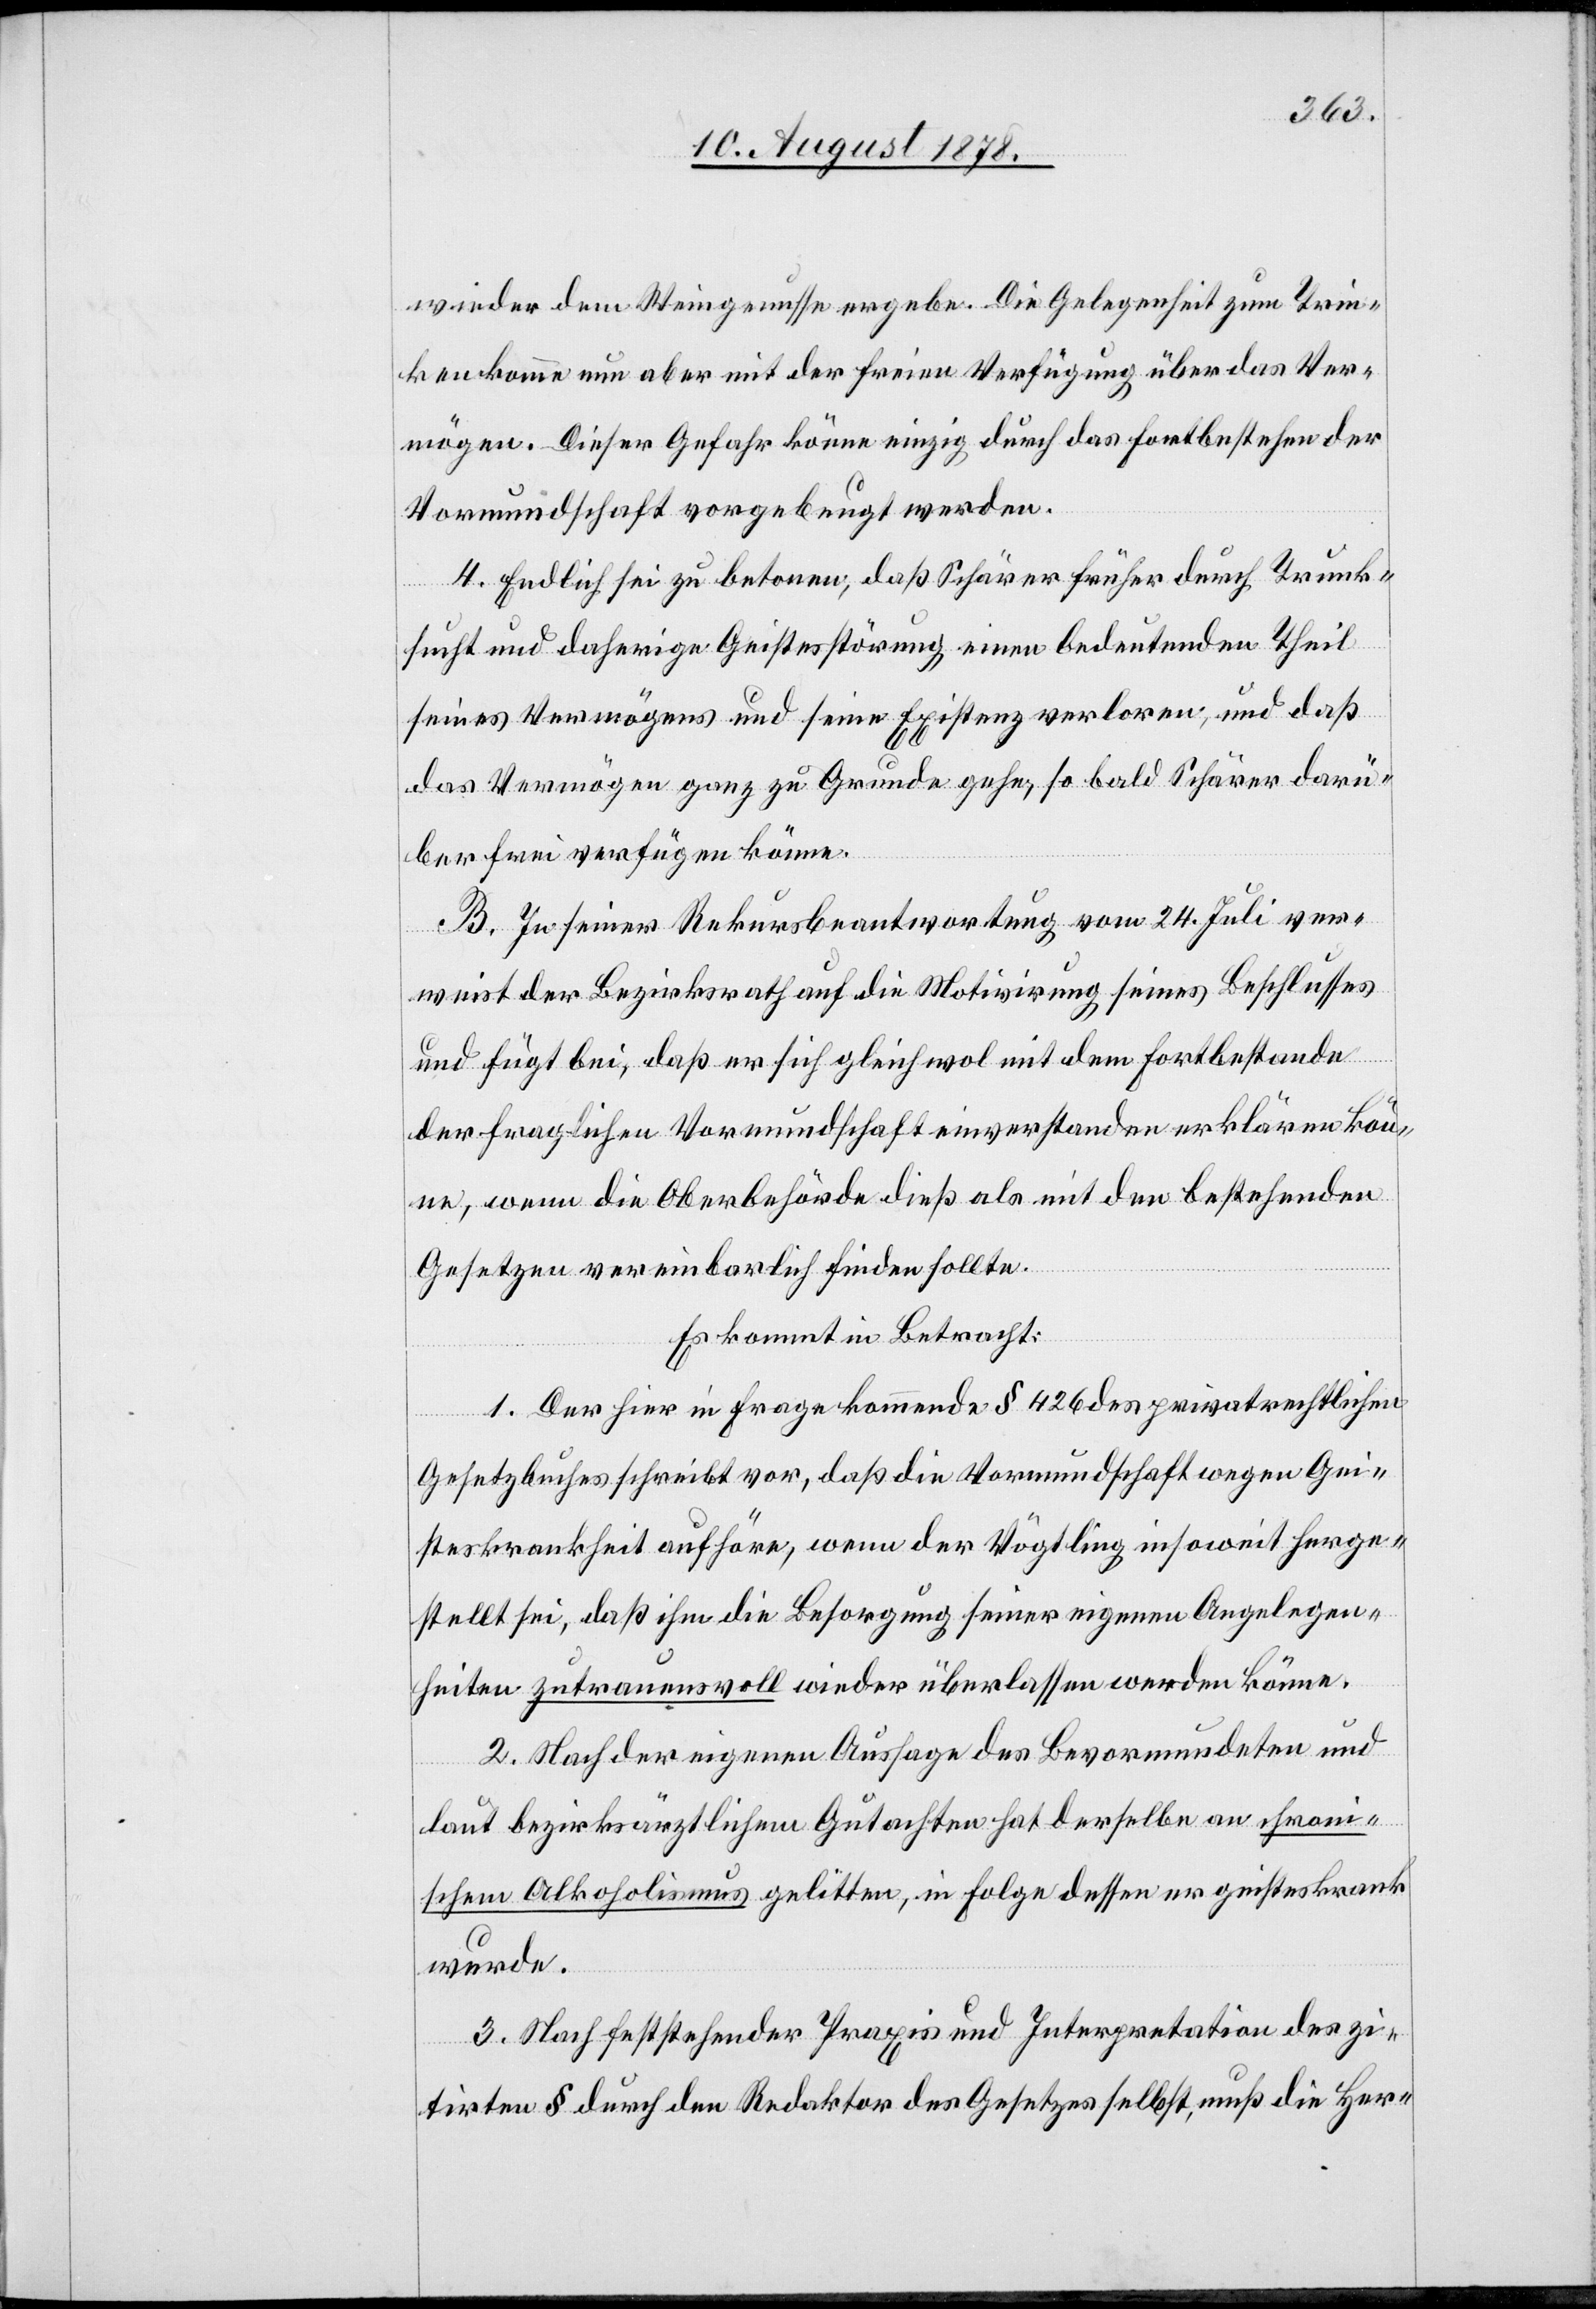
wieder dem Weingenusse ergebe. Die Gelegenheit zum Trin¬
ken komme nun aber mit der freien Verfügung über das Ver¬
mögen. Dieser Gefahr könne einzig durch das Fortbestehen der
Vormundschaft vorgebeugt werden.
4. Endlich sei zu betonen, daß Schärer früher durch Trunk¬
sucht und daherige Geistesstörung einen bedeutenden Theil
seines Vermögens und seine Existenz verloren, und daß
das Vermögen ganz zu Grunde gehe, so bald Schärer darü¬
ber frei verfügen könne.
B. In seiner Rekursbeantwortung vom 24. Juli ver¬
weist der Bezirksrath auf die Motivirung seines Beschlusses
und fügt bei, daß er sich gleichwol mit dem Fortbestande
der fraglichen Vormundschaft einverstanden erklären kön¬
ne, wenn die Oberbehörde dieß als mit den bestehenden
Gesetzen vereinbarlich finden sollte.
Es kommt in Betracht:
1. Der hier in Frage kommende § 426 des privatrechtlichen
Gesetzbuches schreibt vor, daß die Vormundschaft wegen Gei¬
steskrankheit aufhöre, wenn der Vögtling insoweit herge¬
stellt, daß ihm die Besorgung seiner eigenen Angelegen¬
heiten zutrauensvoll wieder überlassen werden könne.
2. Nach der eigenen Aussage des Bevormundeten und
laut bezirksärztlichem Gutachten hat derselbe an chron¬
ischem Alkoholismus gelitten, in Folge dessen er geisteskrank
wurde.
3. Nach feststehender Praxis und Interpretation des zi¬
tirten § durch den Redaktor des Gesetzes selbst, muß die Her-